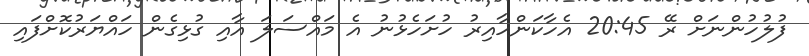
ފުލުހުންނަށް ރޭ 20:45 އެހާކަންހާއިރު ހުށަހެޅުނު އެ މައްސަލަ އާއި ގުޅިގެން ހައްޔަރުކޮށްފައި